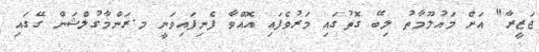
ޖަޒީރާ" އަށް މައުލޫމާތު ލިބޭ ގޮތުގައި މަރުވެފައި އޮއްވާ ފެނިފައިވަނީ މ.ރަންމާގުލްޝަން ގޭގައި